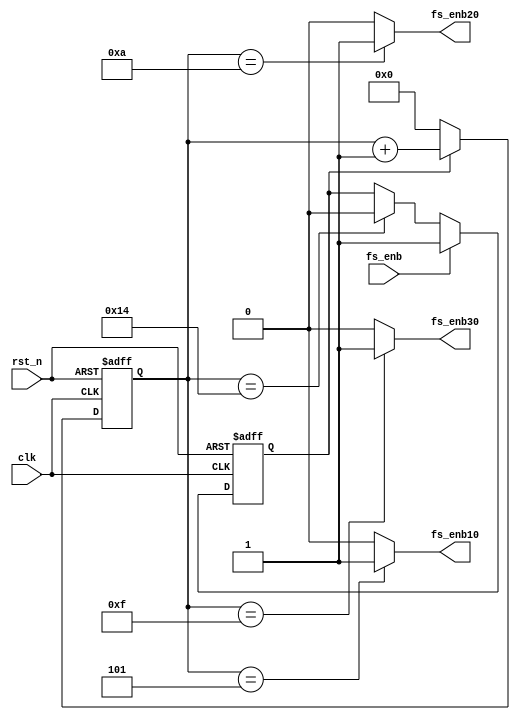
`timescale 1ns / 1ps

module fsclk_def(
	input clk,
	input rst_n,
	input fs_enb,
	output fs_enb10,
	output fs_enb20,
	output fs_enb30
);

	reg [31:0] counter;
	reg start;
	
	parameter CNT_END = 32'd20;
	
   parameter FREQ_10 = 32'd5;
   parameter FREQ_20 = 32'd10;
   parameter FREQ_30 = 32'd15;
	 
	assign fs_enb10 = (counter==FREQ_10)?1'b1:1'b0;
   assign fs_enb20 = (counter==FREQ_20)?1'b1:1'b0;
   assign fs_enb30 = (counter==FREQ_30)?1'b1:1'b0;
	
	always@(posedge clk, negedge rst_n)
		if(~rst_n)
			start <= 1'b0;
		else if(fs_enb)
			start <= 1'b1;
		else if(counter == CNT_END)
			start <= 1'b0;
			
	always@(posedge clk, negedge rst_n)
		if(~rst_n)
			counter <= 1'b0;
		else if(start)
			counter <= counter + 1'b1;
		else
			counter <= 1'b0;

endmodule